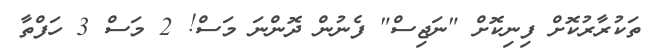
ތަކުރާރުކޮށް ފިނިކޮށް "ނަޖިސް" ފެނުން ދޮންނަ މަސް! 2 މަސް 3 ހަފްތާ